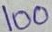
Text: 100